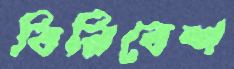
বিনিবেশ